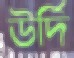
উর্দি